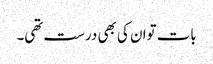
بات توان کی بھی درست تھی۔